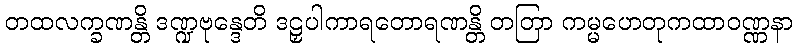
တထလက္ခဏန္တိ ဒဏ္ဍဗုန္ဒေတိ ဒဠှပါကာရတောရဏန္တိ တတြာ ကမ္မဟေတုကထာဝဏ္ဏနာ